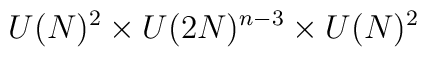
U(N)^{2}\times U(2N)^{n-3}\times U(N)^{2}\protect